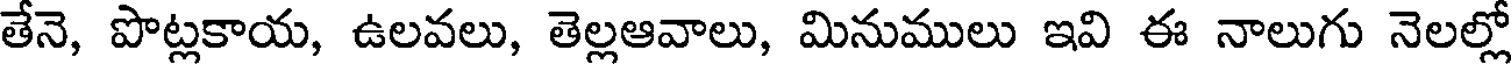
తేనె, పొట్లకాయ, ఉలవలు, తెల్లఆవాలు, మినుములు ఇవి ఈ నాలుగు నెలల్లో